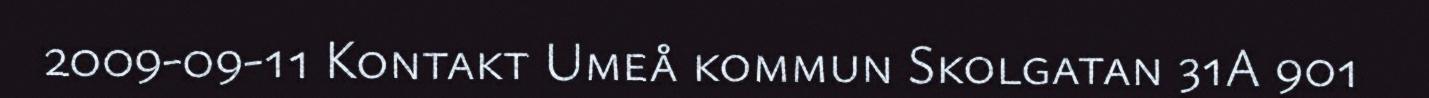
2009-09-11 Kontakt Umeå kommun Skolgatan 31A 901